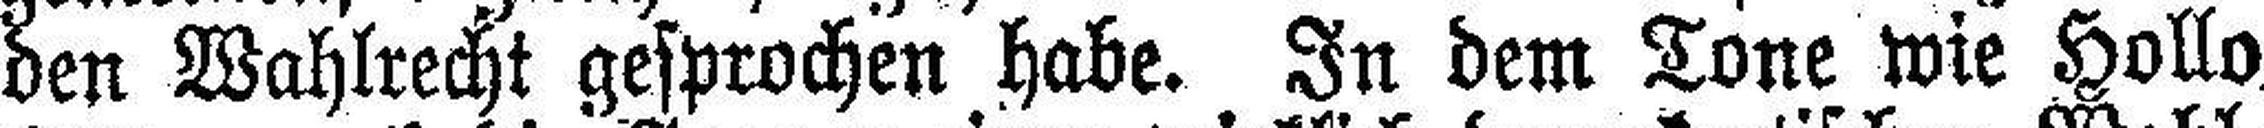
den Wahlrecht gesprochen habe. In dem Tone wie Hollo